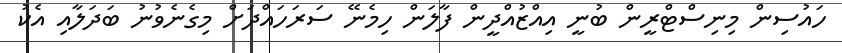
ހައުސިން މިނިސްޓްރީން ބުނީ އިއްޒުއްދީން ފާލަން ހިމެނޭ ސަރަހައްދަށް މިގެނެވުނު ބަދަލާއި އެކު